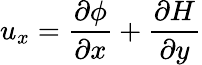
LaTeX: u_{x}=\frac{\partial\phi}{\partial x}+\frac{\partial H}{\partial y}